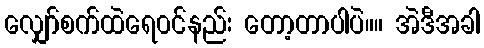
လျှော်စက်ထဲရေ၀င်နည်း တော့တာပါပဲ။။ အဲဒီအခါ